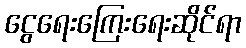
ငွေရေးကြေးရေးဆိုင်ရာ